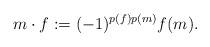
LaTeX: \begin{align*}m\cdot f : = (-1)^{p(f)p(m)}f(m).\end{align*}